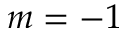
m = - 1